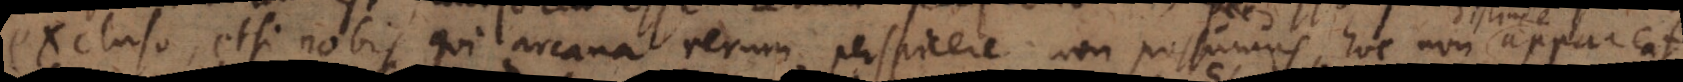
excluso, etsi nobis qui arcana rerum perspicere non possumus, hoc non appareat.